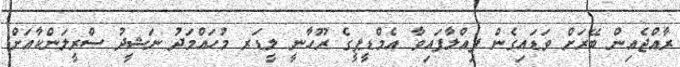
ރާއްޖެއިން ބޭރަށް ވަޑައިގެން ފިއްލާފައިވާ އެމްޑީޕީގެ ރޫހާނީ ލީޑަރ މުހައްމަދު ނަޝީދު ސްރީލަންކާއަށް